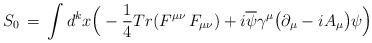
LaTeX: \begin{align*}S_0 \, = \,\int d^kx \Big( - {1\over 4} Tr ( F^{\mu\nu}\,F_{\mu\nu} ) + i\overline \psi \gamma^\mu \big(\partial_\mu -i A_\mu \big) \psi \Big)\end{align*}